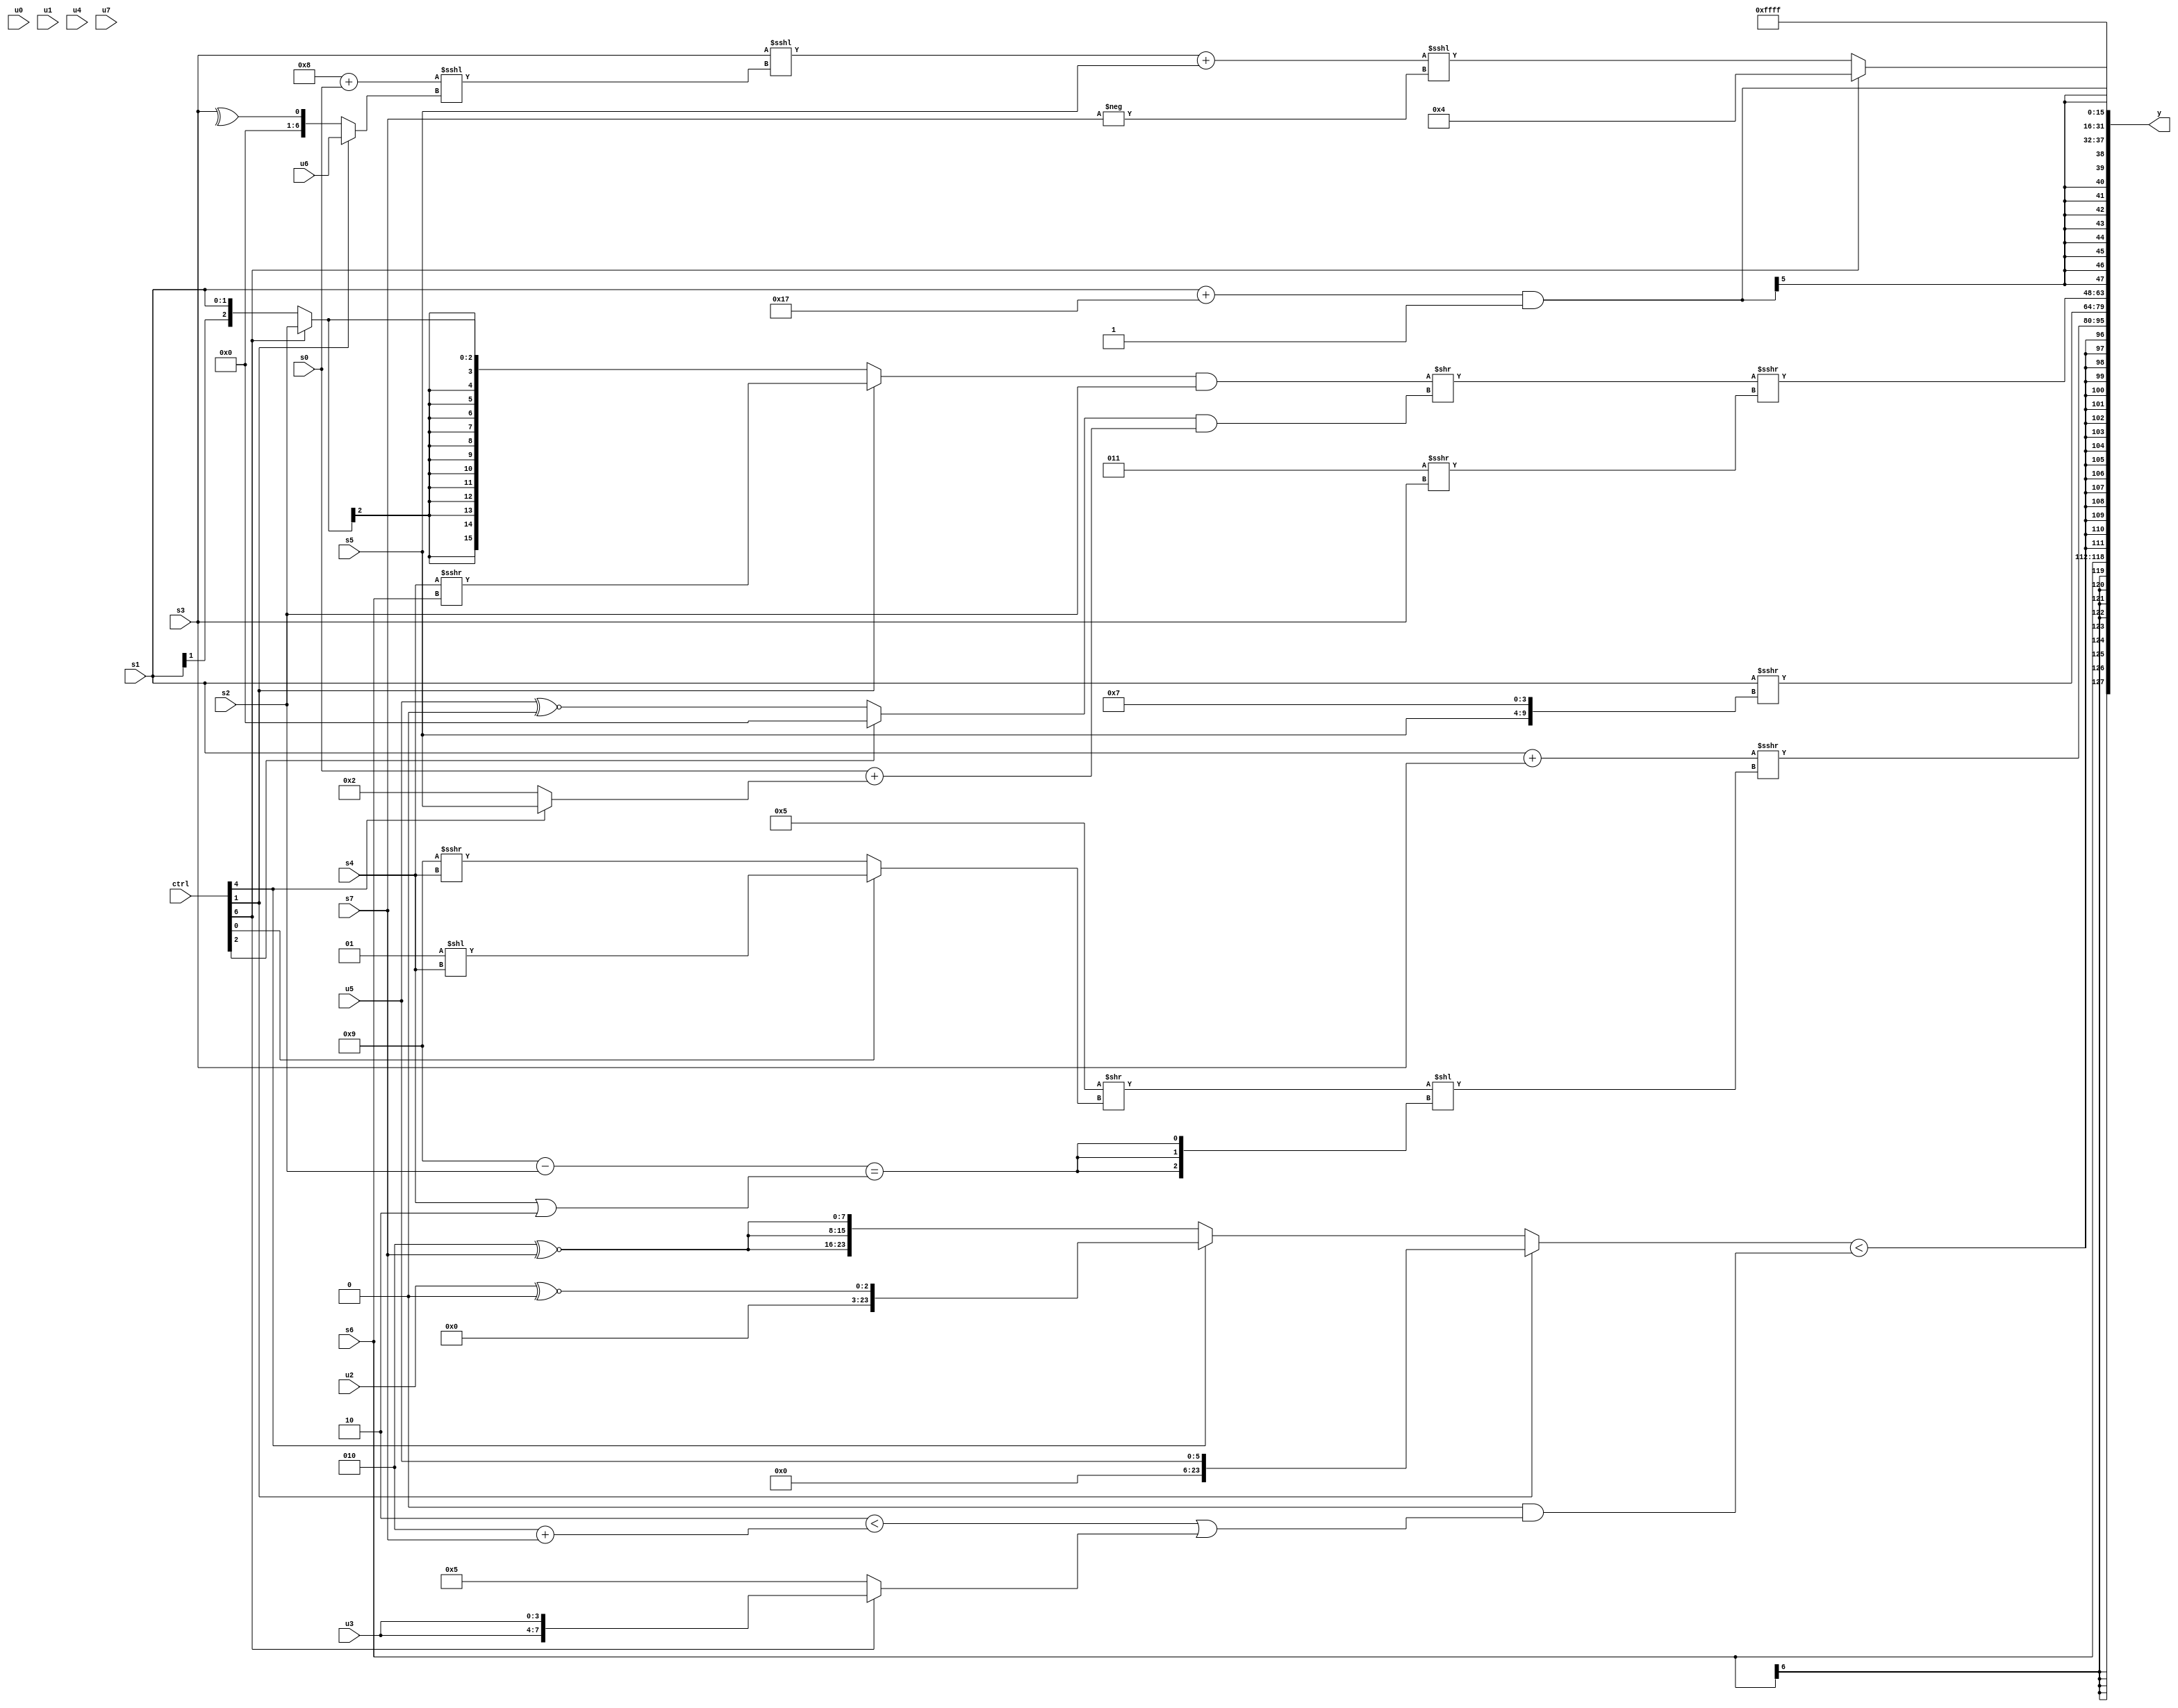
module wideexpr_00612(ctrl, u0, u1, u2, u3, u4, u5, u6, u7, s0, s1, s2, s3, s4, s5, s6, s7, y);
  input [7:0] ctrl;
  input [0:0] u0;
  input [1:0] u1;
  input [2:0] u2;
  input [3:0] u3;
  input [4:0] u4;
  input [5:0] u5;
  input [6:0] u6;
  input [7:0] u7;
  input signed [0:0] s0;
  input signed [1:0] s1;
  input signed [2:0] s2;
  input signed [3:0] s3;
  input signed [4:0] s4;
  input signed [5:0] s5;
  input signed [6:0] s6;
  input signed [7:0] s7;
  output [127:0] y;
  wire [15:0] y0;
  wire [15:0] y1;
  wire [15:0] y2;
  wire [15:0] y3;
  wire [15:0] y4;
  wire [15:0] y5;
  wire [15:0] y6;
  wire [15:0] y7;
  assign y = {y0,y1,y2,y3,y4,y5,y6,y7};
  assign y0 = s6;
  assign y1 = $signed(((ctrl[1]?u5:(ctrl[4]?$signed((u2)^~(1'b0)):{3{(4'sb0010)^~(s7)}})))<((3'b000)&(((2'sb10)<((3'sb010)+(s7)))|((ctrl[6]?{2{u3}}:5'sb00101)))));
  assign y2 = ((s1)+(+(s3)))>>>(((4'sb0101)>>((ctrl[0]?(2'sb01)<<(s4):(4'sb1001)>>>(s4))))<<({3{((6'sb111001)-(s2))==((s4)|(2'sb10))}}));
  assign y3 = (s1)>>>({s5,4'sb0111});
  assign y4 = ((((ctrl[1]?(s4)>>>(s6):(ctrl[6]?s2:s1)))&(s2))>>(((ctrl[2]?(3'b000)-(2'sb00):(u5)^~(3'b000)))&(((s0)<<(1'b0))+((ctrl[4]?s5:5'sb00010)))))>>>((5'sb00011)>>>(s3));
  assign y5 = +(((s1)+(6'sb110111))&(1'sb1));
  assign y6 = (ctrl[6]?4'sb0100:((((s3)<<<((+(((6'sb111000)&(5'sb11000))+((s0)>>>(4'sb0101))))<<<(((ctrl[1]?u6:^(s3)))>>>(5'sb00000))))+(s5))<<<(($unsigned((((2'sb01)<<({4'sb0110}))==(-($signed(6'sb100000))))-((ctrl[4]?~^((ctrl[3]?1'b0:u3)):&((u0)<<<(3'b010))))))<<(5'sb11011)))<<<(-(s7)));
  assign y7 = $signed(1'sb1);
endmodule